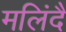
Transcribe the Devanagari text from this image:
मलिंदै